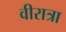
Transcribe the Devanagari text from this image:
वीरात्रा